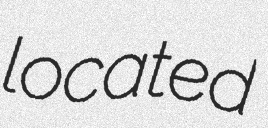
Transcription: located